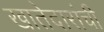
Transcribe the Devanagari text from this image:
खातेदारांची